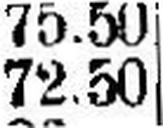
72.50